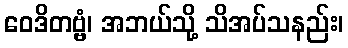
ဝေဒိတဗ္ဗံ၊ အဘယ်သို့ သိအပ်သနည်း၊